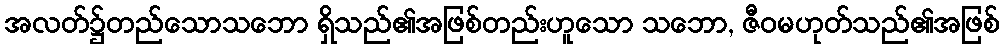
အလတ်၌တည်သောသဘော ရှိသည်၏အဖြစ်တည်းဟူသော သဘော, ဇီဝမဟုတ်သည်၏အဖြစ်